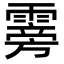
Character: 䨦